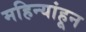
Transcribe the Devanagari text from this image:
महिन्यांहून